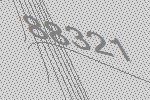
88321